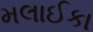
મલાઈકા